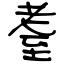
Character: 耋